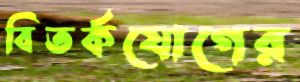
বিতর্কযোগের